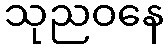
သုညဝနေ